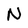
Character: N